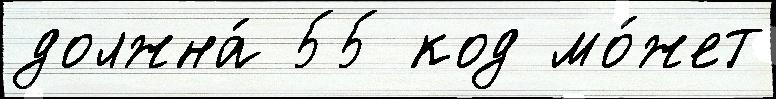
должна́ 55 код мо́жет